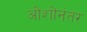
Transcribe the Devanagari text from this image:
ओशोंनंतर